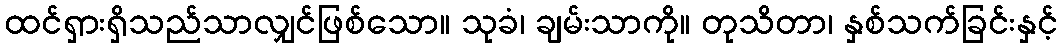
ထင်ရှားရှိသည်သာလျှင်ဖြစ်သော။ သုခံ၊ ချမ်းသာကို။ တုသိတာ၊ နှစ်သက်ခြင်းနှင့်